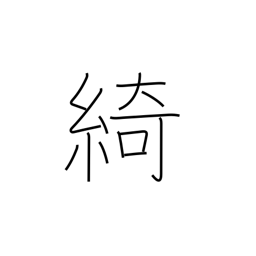
Meaning: beautiful